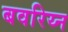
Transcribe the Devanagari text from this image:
बवरिय्न